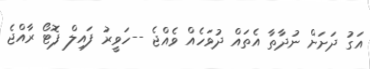
އަގު ދަށަށް ނުދާތާ އެތައް ދުވަހެއް ވެއްޖެ --ހަވީރު ފައިލް ފޮޓޯ ރާއްޖެ